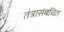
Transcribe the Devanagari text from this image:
तंत्रासंबधित